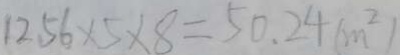
1 2 . 5 6 \times 5 \times 8 = 5 0 . 2 4 ( m ^ { 2 } )